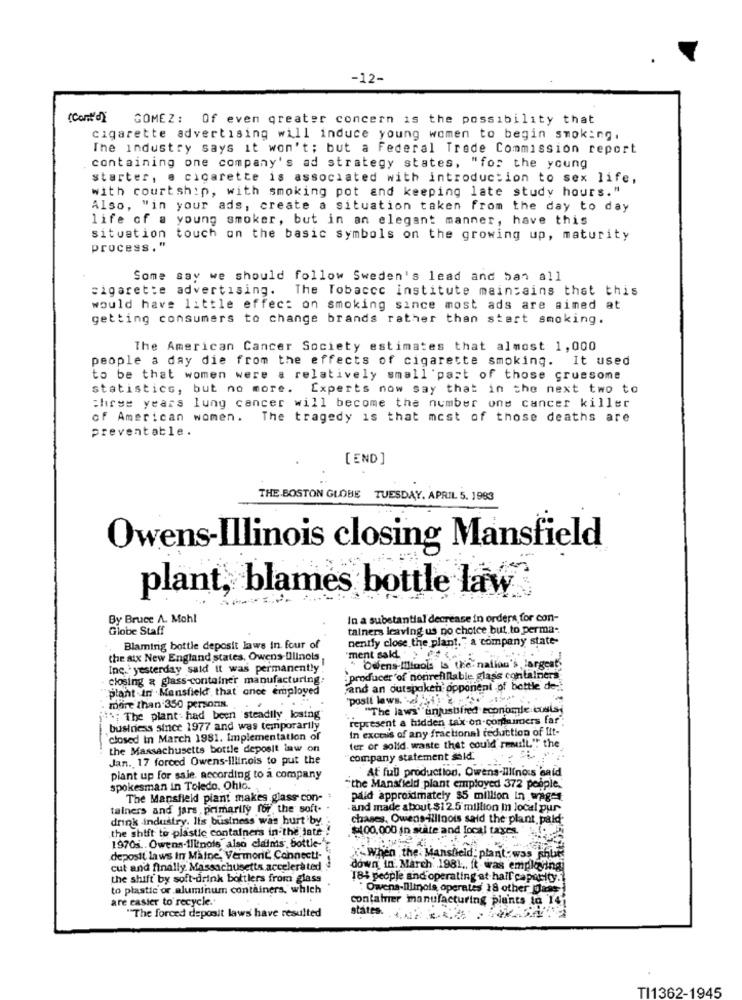
-12-
(Cont'd)
GOMEZ :
Of even greater concern is the possibility that
cigarette advertising will induce young women to begin smoking.
The industry says it won't; but a Federal Trade Commission report
containing one company's ad strategy states, "for the young
starter, e cigarette is associated with introduction to sex life,
with courtship, with smoking pot and keeping late study hours."
Also, "in your ads, create a situation taken from the day to day
life of a young smoker, but in an elegant manner, have this
situation touch on the basic symbols on the growing up, maturity
process . "
Some say we should follow Sweden's lead and ban all
cigarette advertising. The Tobacco institute maintains that this
would have little effect on smoking since most ads are aimed at
getting consumers to change brands rather than start smoking.
The American Cancer Society estimates that almost 1,000
people a day die from the effects of cigarette smoking. It used
to be that women were a relatively small part of those gruesome
statistics, but no more. Experts now say that in the next two to
three years lung cancer will become the number one cancer killer
of American women. The tragedy is that most of those deaths are
preventable.
[ END ]
THE BOSTON GLOBE TUESDAY, APRIL 5. 1983
Owens-Illinois closing Mansfield
plant, blames bottle law
By Bruce A. Mohl
In a substantial decrease in orders for con-
Globe Staff
tainers leaving us no choice but to perma-
nently close the plant." a company state-
Blaminig bottle deposit laws in four of
the six New England states, Owens-Illinois
ment sak ⑈4
Inc. 'yesterday said it was permanently!
Owens-Millools is the nation's, largeats
closing a glass-container manufacturing.
producer of nonrefillable glass containers
"plant in Mansfield that ance employed
and an outspoken opponent of bottle de-
posit laws. "diye
more than 350 persons.
. .
"The laws" unjustified economie cuisi
; The plant . had been steadily losing
represent a hidden taix-on.commiers far".
business since 1977 and was temporarily
In excess of any fractional reduction of lit-
closed In March 1981. Implementation of
ter or solid. waste thet could result." the
the Massachusetts bottle deposit law on
Jan. 17 forced Owens-illinois to put the
company statement said.
At full production. Owens-Illinois said
plant up for sale, according to a company
spokesman in Toledo, Ohio.
"the Mansfield plant employed 372 people.'
The Mansfield plant makes glass con-
paid approximately $5 million In wages
tainers and jars primarily for the soft-
-and made about $12.5 million in local pur
drink industry. Ils business was hurt by.
chases. Owens-illinois said the plant paid-
the shift to plastic containers in the late .
-100,000 in state and local taxes.
1970s .. Owens-ilinois also claimis bottle-"
deposit laws in Maine, Vermoric Connect !-
When the. Mansfield: plant:was shut
cut and finally. Massachusetts accelerated
down in. March 1981 ., it was employing
the shift by soft-drink bottlers from glass
185 people and'operating at hail capacity.
to plastie or aluminum containers, which
Owens-Illinois operates 18 other Dass
are easier to recycle."
container manufacturing plants to 14
"The forced deposit laws have resulted
TI1362-1945